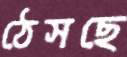
ঠেসছে